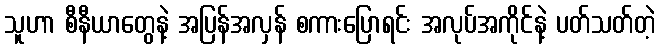
သူဟာ စီနီယာတွေနဲ့ အပြန်အလှန် စကားပြောရင်း အလုပ်အကိုင်နဲ့ ပတ်သတ်တဲ့